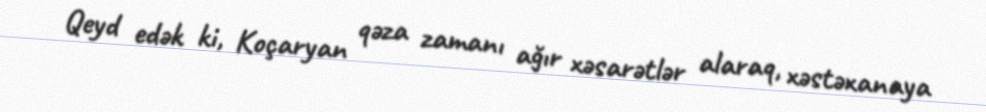
Qeyd edək ki, Koçaryan qəza zamanı ağır xəsarətlər alaraq, xəstəxanaya